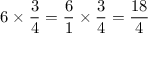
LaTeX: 6 \times { \frac { 3 } { 4 } } = { \frac { 6 } { 1 } } \times { \frac { 3 } { 4 } } = { \frac { 1 8 } { 4 } }